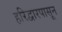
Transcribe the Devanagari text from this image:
हरिद्वारपासून